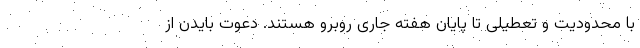
با محدودیت و تعطیلی تا پایان هفته جاری روبرو هستند. دعوت بایدن از